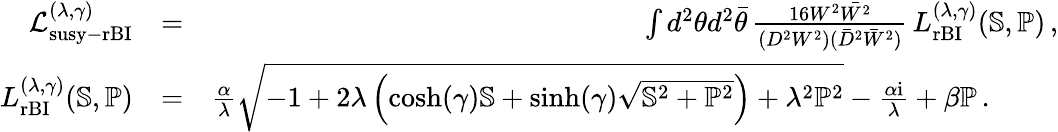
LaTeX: \begin{array}{rlr}{\mathcal{L}_{\mathrm{susy-rBI}}^{(\lambda,\gamma)}}&{=}&{\int d^{2}\theta d^{2}\bar{\theta}\, \frac{16W^{2}\bar{W^{2}}}{(D^{2}W^{2})(\bar{D}^{2}\bar{W}^{2})}\, L_{\mathrm{rBI}}^{(\lambda,\gamma)}(\mathbb{S},\mathbb{P})\, ,}\\ {L_{\mathrm{rBI}}^{(\lambda,\gamma)}(\mathbb{S},\mathbb{P})}&{=}&{\frac{\alpha}{\lambda}\sqrt{-1+2\lambda\left(\cosh(\gamma)\mathbb{S}+\sinh(\gamma)\sqrt{\mathbb{S}^{2}+\mathbb{P}^{2}}\right)+\lambda^{2}\mathbb{P}^{2}}-\frac{\alpha\mathrm{i}}{\lambda}+\beta\mathbb{P}\, .~~~~~~~~~}\end{array}